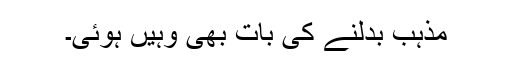
مذہب بدلنے کی بات بھی وہیں ہوئی۔